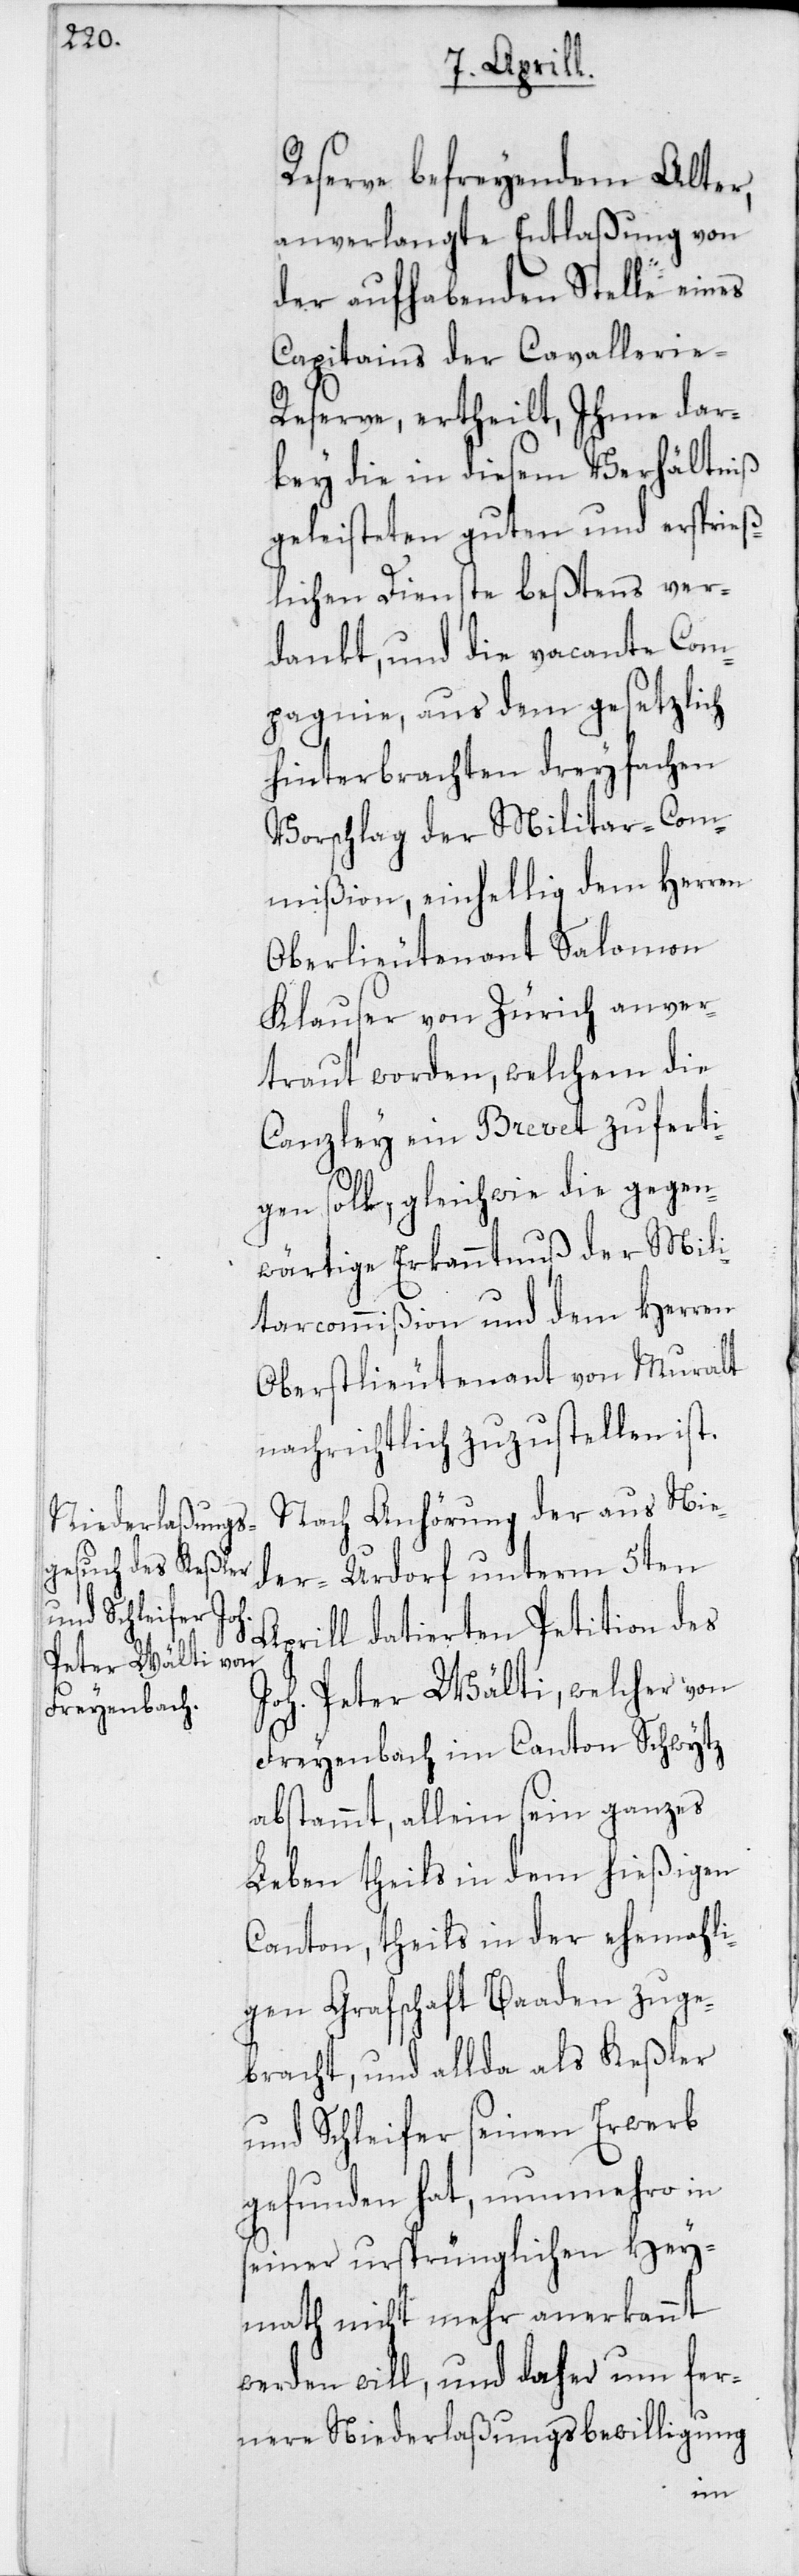
Reserve befreyendem Alter,
anverlangte Entlaßung von
der aufhabenden Stelle eines
Capitains der Cavallerie-R¬
eserve, ertheilt, Ihme dar¬
bey die in diesem Verhältniß
geleisteten guten und ersprieß¬
lichen Dienste beßtens ver¬
dankt, und die vacante Com¬
pagnie, aus dem gesetzlich
hinterbrachten dreyfachen
Vorschlag der Militar-Com¬
mißion, einhellig dem Herren
Oberlieutenant Salomon
Klauser von Zürich anver¬
traut worden, welchem die
Canzley ein Brevet zuferti¬
gen soll, gleichwie die gegen¬
wärtige Erkanntnuß der Mili¬
tarcommißion und dem Herren
Oberstlieutenant von Muralt
nachrichtlich zuzustellen ist.
Nach Anhörung der aus Nie¬
der-Urdorf unterm 5ten
Aprill datierten Petition des
Joh. Peter Wälti, welcher von
Freyenbach im Canton Schwytz
abstammt, allein sein ganzes
Leben theils in dem hießigen
Canton, theils in der ehemahli¬
gen Grafschaft Baaden zuge¬
bracht, und allda als Keßler
und Schleifer seinen Erwerb
gefunden hat, nunmehro in
seiner ursprünglichen Hey¬
math nicht mehr anerkannt
werden will, und daher um fer¬
nere Niederlaßungsbewilligung